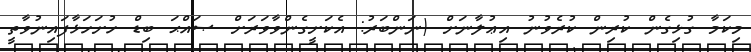
މިކަމާ ގުޅިގެން ކުރިން ކުރެވުނު އިޢުލާނަށް (ނަންބަރު: އެކަށީގެންވާވަރަށް ޞައްޙަ ބިޑް ހުށަހަޅާފައިނުވާތީ